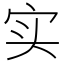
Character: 实